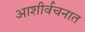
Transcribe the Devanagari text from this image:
आशीर्वचनात